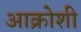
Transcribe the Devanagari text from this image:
आक्रोशी